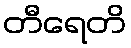
တီရေတိ